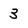
Character: 3